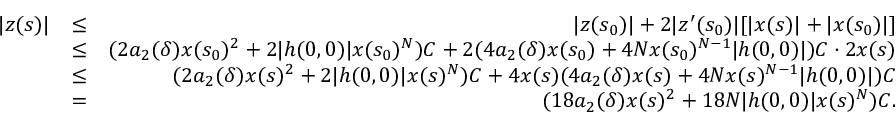
\begin{array} { r l r } { | z ( s ) | } & { \leq } & { | z ( s _ { 0 } ) | + 2 | z ^ { \prime } ( s _ { 0 } ) | [ | x ( s ) | + | x ( s _ { 0 } ) | ] } \\ & { \leq } & { ( 2 a _ { 2 } ( \delta ) x ( s _ { 0 } ) ^ { 2 } + 2 | h ( 0 , 0 ) | x ( s _ { 0 } ) ^ { N } ) C + 2 ( 4 a _ { 2 } ( \delta ) x ( s _ { 0 } ) + 4 N x ( s _ { 0 } ) ^ { N - 1 } | h ( 0 , 0 ) | ) C \cdot 2 x ( s ) } \\ & { \leq } & { ( 2 a _ { 2 } ( \delta ) x ( s ) ^ { 2 } + 2 | h ( 0 , 0 ) | x ( s ) ^ { N } ) C + 4 x ( s ) ( 4 a _ { 2 } ( \delta ) x ( s ) + 4 N x ( s ) ^ { N - 1 } | h ( 0 , 0 ) | ) C } \\ & { = } & { ( 1 8 a _ { 2 } ( \delta ) x ( s ) ^ { 2 } + 1 8 N | h ( 0 , 0 ) | x ( s ) ^ { N } ) C . } \end{array}